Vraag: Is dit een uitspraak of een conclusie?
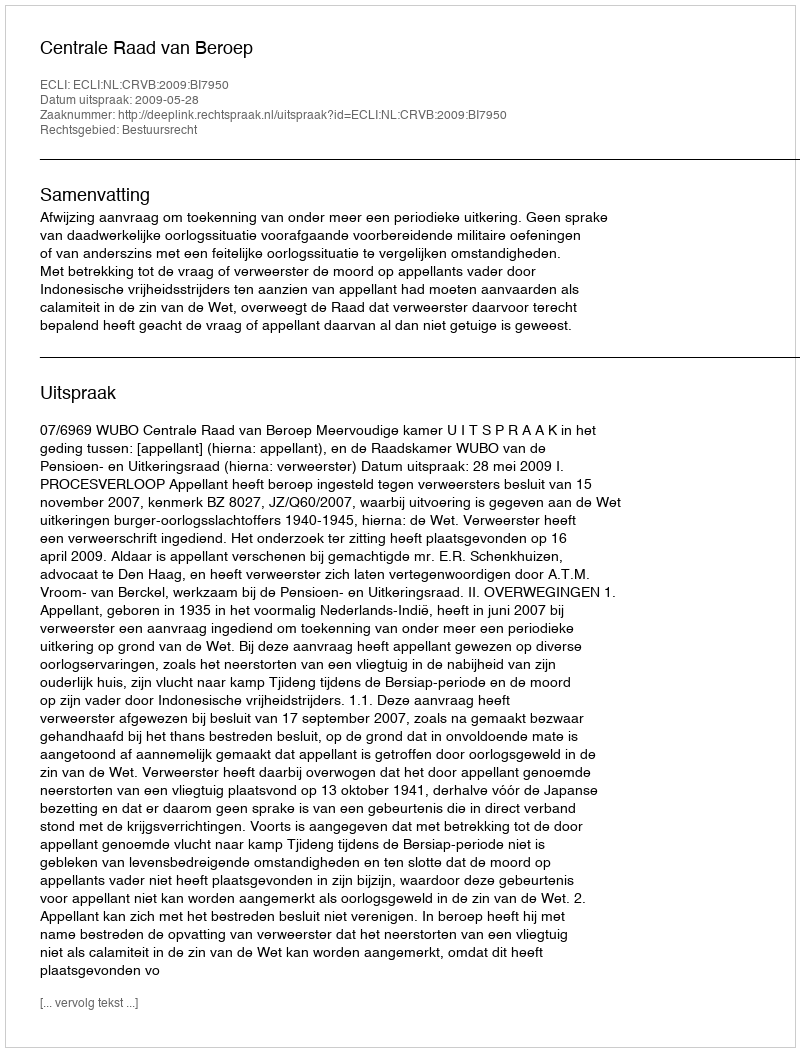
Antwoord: Uitspraak